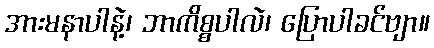
အားမနာပါနဲ့၊ ဘာကိစ္စပါလဲ၊ ပြောပါခင်ဗျာ။